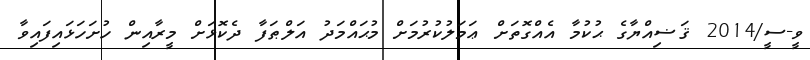
ވީ-ސީ/2014 ޤަޟިއްޔާގެ ޙުކުމާ އެއްގޮތަށް ޢަމަލުކުރުމަށް މުޙައްމަދު އަލްޠަފާ ދެކޮޅަށް މީރާއިން ހުށަހަޅައިފައިވާ